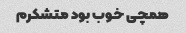
همچی خوب بود متشکرم